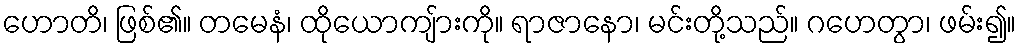
ဟောတိ၊ ဖြစ်၏။ တမေနံ၊ ထိုယောကျ်ားကို။ ရာဇာနော၊ မင်းတို့သည်။ ဂဟေတွာ၊ ဖမ်း၍။